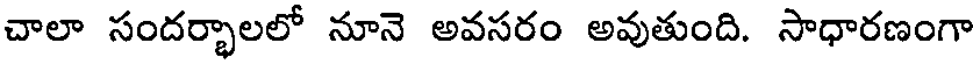
చాలా సందర్భాలలో నూనె అవసరం అవుతుంది. సాధారణంగా